Lunatic asylums United Provinces 1909-1921 - 1909-1921
Year: 1909
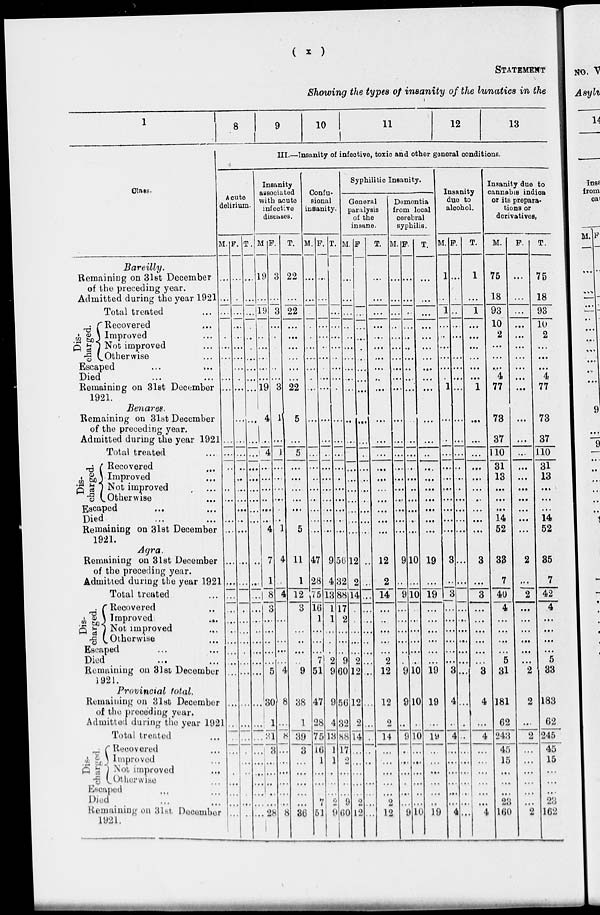
( x )
STATEMENT
Showing the types of insanity of the lunatics in the
1
Class.
Bareilly.
Remaining on 31st December
of the preceding year.
Admitted during the year 1921
Total treated ...
Dis-
charged.
Recovered ...
Improved ...
Not improved
...
Otherwise ...
Escaped ... ...
Died ... ...
Remaining on 31et December
1921.
Benares.
Remaining on 31st December
of the preceding year.
Admitted during the year 1921
Dis-
charged.
Total treated ...
Recovered ...
Improved ...
Not improved ...
Otherwise ...
Escaped ... ...
Died ... ...
Remaining on 31st December
1921.
Agra.
Remaining on 31st December
of the preceding year.
Admitted during the year 1921
Total treated ...
Dis-
charged.
Recovered ...
Improved ...
Not improved ...
Otherwise ...
Escaped ... ...
Died ... ...
Remaining on 31st December
1921.
Provincial
total.
Remaining on 31st December
of the preceding year.
Admitted during the year 1921
Total treated ...
Dis-
charged.
Recovered ...
Improved ...
Not
improved ...
Otherwise ...
Escaped ... ...
Died ... ...
Remaining on 31st, December
1921.
8
9
10
11
12
13
III.—Insanity of infective, toxic and other general conditions.
Acute
delirium.
M.
...
...
...
.
...
...
...
...
...
...
...
...
..
...
...
...
...
...
...
...
...
...
...
...
...
...
...
...
...
...
...
...
...
...
...
...
...
...
...
F.
...
.
...
...
...
...
...
...
.
...
...
...
...
...
..
...
...
...
...
...
...
...
...
.
.
...
...
...
...
...
...
...
...
...
...
...
...
...
...
...
T.
...
...
...
...
...
...
...
...
...
...
...
...
...
...
...
...
...
...
...
...
...
...
...
...
...
...
...
...
...
...
...
...
...
...
...
...
...
...
...
Insanity
associated
with acute
infective
diseases.
M.
19
...
19
..
...
...
...
...
19
4
...
4
..
...
...
...
...
...
4
7
1
8
3
...
...
...
...
...
5
30
1
31
3
...
...
...
...
...
28
P.
3
...
3
...
.
...
...
...
...
3
1
...
1
...
...
...
...
...
...
1
4
...
4
...
...
...
...
...
4
8
...
8
...
...
...
...
...
...
8
T.
22
...
22
...
...
...
...
...
...
22
5
...
5
...
...
...
...
...
5
11
1
12
3
...
...
..
...
9
38
1
39
3
...
...
...
...
...
36
Confu-
sional
insanity.
M.
...
...
...
.
...
...
...
.
...
...
...
...
...
...
...
...
...
...
...
47
28
75
16
1
...
...
...
7
51
47
28
75
16
1
...
...
...
7
51
F.
...
...
...
...
...
...
...
...
...
...
...
...
...
...
...
...
...
...
...
9
4
13
1
1
...
...
.
2
9
9
4
13
1
1
...
...
...
2
9
T.
...
...
...
...
...
..
...
...
.
...
...
...
...
...
...
...
...
...
...
56
32
88
17
2
...
...
...
9
60
56
32
88
17
2
...
...
...
9
60
Syphilitic Insanity.
General
paralysis
of the
insane.
M.
...
...
...
...
...
...
...
...
...
...
...
...
...
...
...
...
...
...
...
...
12
2
14
.
.
...
...
...
2
12
12
2
14
...
...
...
...
...
2
12
F.
...
...
...
...
...
...
...
...
...
...
...
...
...
...
...
...
...
...
...
...
...
..
...
...
...
...
...
...
..
...
...
...
...
.
...
...
...
...
...
...
...
T.
...
...
...
...
...
...
...
...
..
...
...
...
...
...
...
...
...
...
...
...
...
12
2
14
...
...
..
...
...
2
12
12
2
14
...
...
...
...
...
2
12
Dementia
from local
cerebral
syphilis.
M.
...
...
...
...
...
...
...
...
...
...
...
...
...
...
...
...
...
...
...
...
...
9
..
9
...
...
...
...
...
...
9
9
..
9
.
...
...
...
...
...
9
F.
...
...
...
...
...
...
...
...
...
...
...
...
...
...
...
...
...
...
...
...
...
10
...
10
...
...
...
...
...
...
10
10
. .
10
...
...
...
...
...
...
10
T.
...
...
...
...
...
...
...
...
...
...
...
...
...
...
...
...
...
...
...
...
...
19
...
19
...
...
...
...
...
...
19
19
...
19
...
...
...
...
...
..
19
Insanity
due to
alcohol.
M.
1
..
1
...
..
...
...
...
...
1
...
...
...
...
...
...
...
...
...
...
...
3
...
3
...
...
...
...
...
...
3
4
..
4
...
...
...
...
...
...
4
F.
...
...
...
...
...
...
...
...
...
...
...
...
...
...
..
...
...
...
...
...
...
...
...
...
...
...
...
...
...
...
...
...
.
..
...
...
...
...
...
...
...
T.
1
...
1
...
...
...
...
...
...
1
...
...
...
...
...
...
...
...
...
...
...
3
...
3
...
...
...
...
...
...
3
4
...
4
...
...
...
...
...
...
4
Insanity due to
cannabis indica
or its prepara-
tions or
derivatives,
M.
75
18
93
10
2
...
...
...
4
77
...
73
37
110
31
13
...
...
...
14
52
33
7
40
4
...
...
...
...
5
31
181
62
243
45
15
...
...
...
23
160
F.
...
...
...
...
...
...
...
...
...
...
...
...
...
...
...
...
...
...
...
...
...
2
...
2
...
...
...
...
...
...
2
2
...
2
...
...
...
...
...
...
2
T.
75
18
93
10
2
...
...
...
4
77
...
73
37
110
31
13
...
...
14
52
35
7
42
...
...
...
...
...
5
33
183
62
245
45
15
...
...
...
23
162